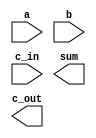
module adder_8bit(
    input [7:0] a,
    input [7:0] b,
    input c_in,
    output [8:0] sum,
    output c_out,
);

    // Concate 8 full adder add here
    


endmodule